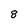
Character: 8